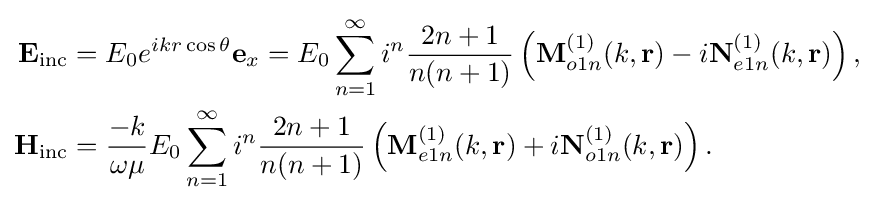
{\begin{aligned}\mathbf {E} _{\text{inc}}&=E_{0}e^{ikr\cos \theta }\mathbf {e} _{x}=E_{0}\sum _{n=1}^{\infty }i^{n}{\frac {2n+1}{n(n+1)}}\left(\mathbf {M} _{o1n}^{(1)}(k,\mathbf {r} )-i\mathbf {N} _{e1n}^{(1)}(k,\mathbf {r} )\right),\\\mathbf {H} _{\text{inc}}&={\frac {-k}{\omega \mu }}E_{0}\sum _{n=1}^{\infty }i^{n}{\frac {2n+1}{n(n+1)}}\left(\mathbf {M} _{e1n}^{(1)}(k,\mathbf {r} )+i\mathbf {N} _{o1n}^{(1)}(k,\mathbf {r} )\right).\end{aligned}}